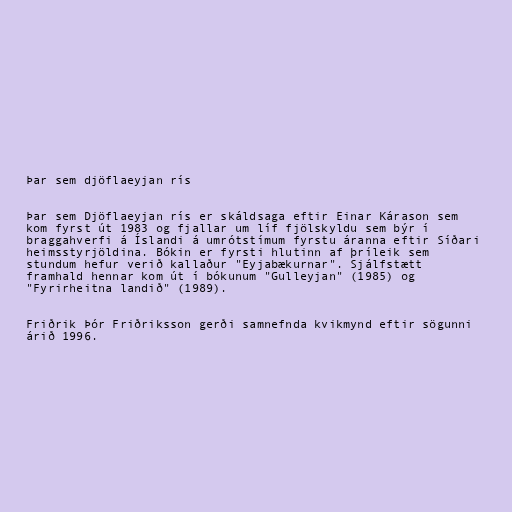
Þar sem djöflaeyjan rís

Þar sem Djöflaeyjan rís er skáldsaga eftir Einar Kárason sem
kom fyrst út 1983 og fjallar um líf fjölskyldu sem býr í
braggahverfi á Íslandi á umrótstímum fyrstu áranna eftir Síðari
heimsstyrjöldina. Bókin er fyrsti hlutinn af þríleik sem
stundum hefur verið kallaður "Eyjabækurnar". Sjálfstætt
framhald hennar kom út í bókunum "Gulleyjan" (1985) og
"Fyrirheitna landið" (1989).

Friðrik Þór Friðriksson gerði samnefnda kvikmynd eftir sögunni
árið 1996.